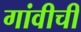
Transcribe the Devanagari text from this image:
गांवीची